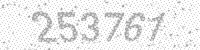
Solution: 253761